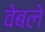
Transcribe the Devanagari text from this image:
वेबले